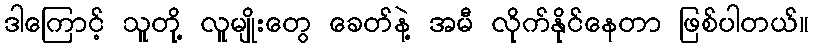
ဒါကြောင့် သူတို့ လူမျိုးတွေ ခေတ်နဲ့ အမီ လိုက်နိုင်နေတာ ဖြစ်ပါတယ်။